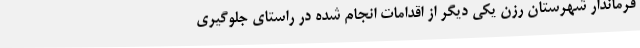
فرماندار شهرستان رزن یکی دیگر از اقدامات انجام شده در راستای جلوگیری